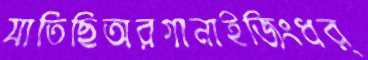
যাতিছিঅরগানাইজিংধর্